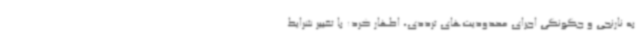
به نارنجی و چگونگی اجرای محدودیت‌های ترددی، اظهار کرد: با تغییر شرایط